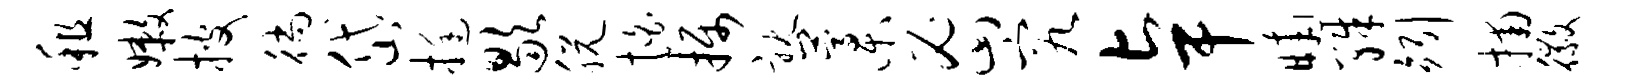
租嫩披徜岱挺歇脱怕摄耽藁密究卓晡殊矧捕徽